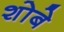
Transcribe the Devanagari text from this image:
शोबे